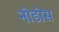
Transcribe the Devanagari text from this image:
नोडोस